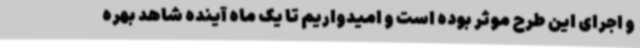
و اجرای این طرح موثر بوده است و امیدواریم تا یک ماه آینده شاهد بهره